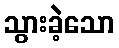
သွားခဲ့သော